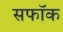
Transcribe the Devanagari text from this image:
सफॉक